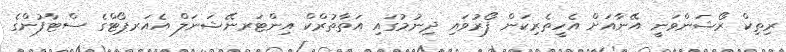
ރިތިކް ރޯޝަންވަނީ އޭނާއަށް އެހީތެރިކަން ފޯރުވައި ދިނުމުގައި އަތާތުރްކް އިންޓަރނޭޝަނަލް އެއަރޕޯޓްގެ ސްޓާފުންގެ